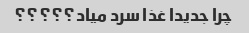
چرا جدیدا غذا سرد میاد؟؟؟؟؟